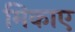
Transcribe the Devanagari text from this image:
मिकाए